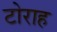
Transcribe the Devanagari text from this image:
टोराह